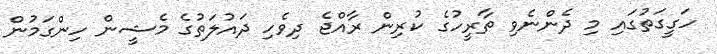
ހަގީގަތުގައި މި ދެންނެވި ތާރީހުގެ ކުރިން ރާއްޖެ ދިވެހި ދައުލަތުގެ މެޝީން ހިންގަމުން